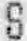
S